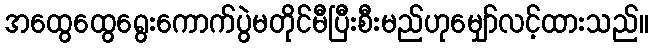
အထွေထွေရွေးကောက်ပွဲမတိုင်မီပြီးစီးမည်ဟုမျှော်လင့်ထားသည်။